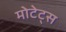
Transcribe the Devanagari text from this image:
मोटेट्स